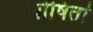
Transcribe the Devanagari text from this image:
योषितां